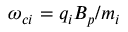
\omega _ { c i } = q _ { i } \ensuremath { B _ { p } } / m _ { i }